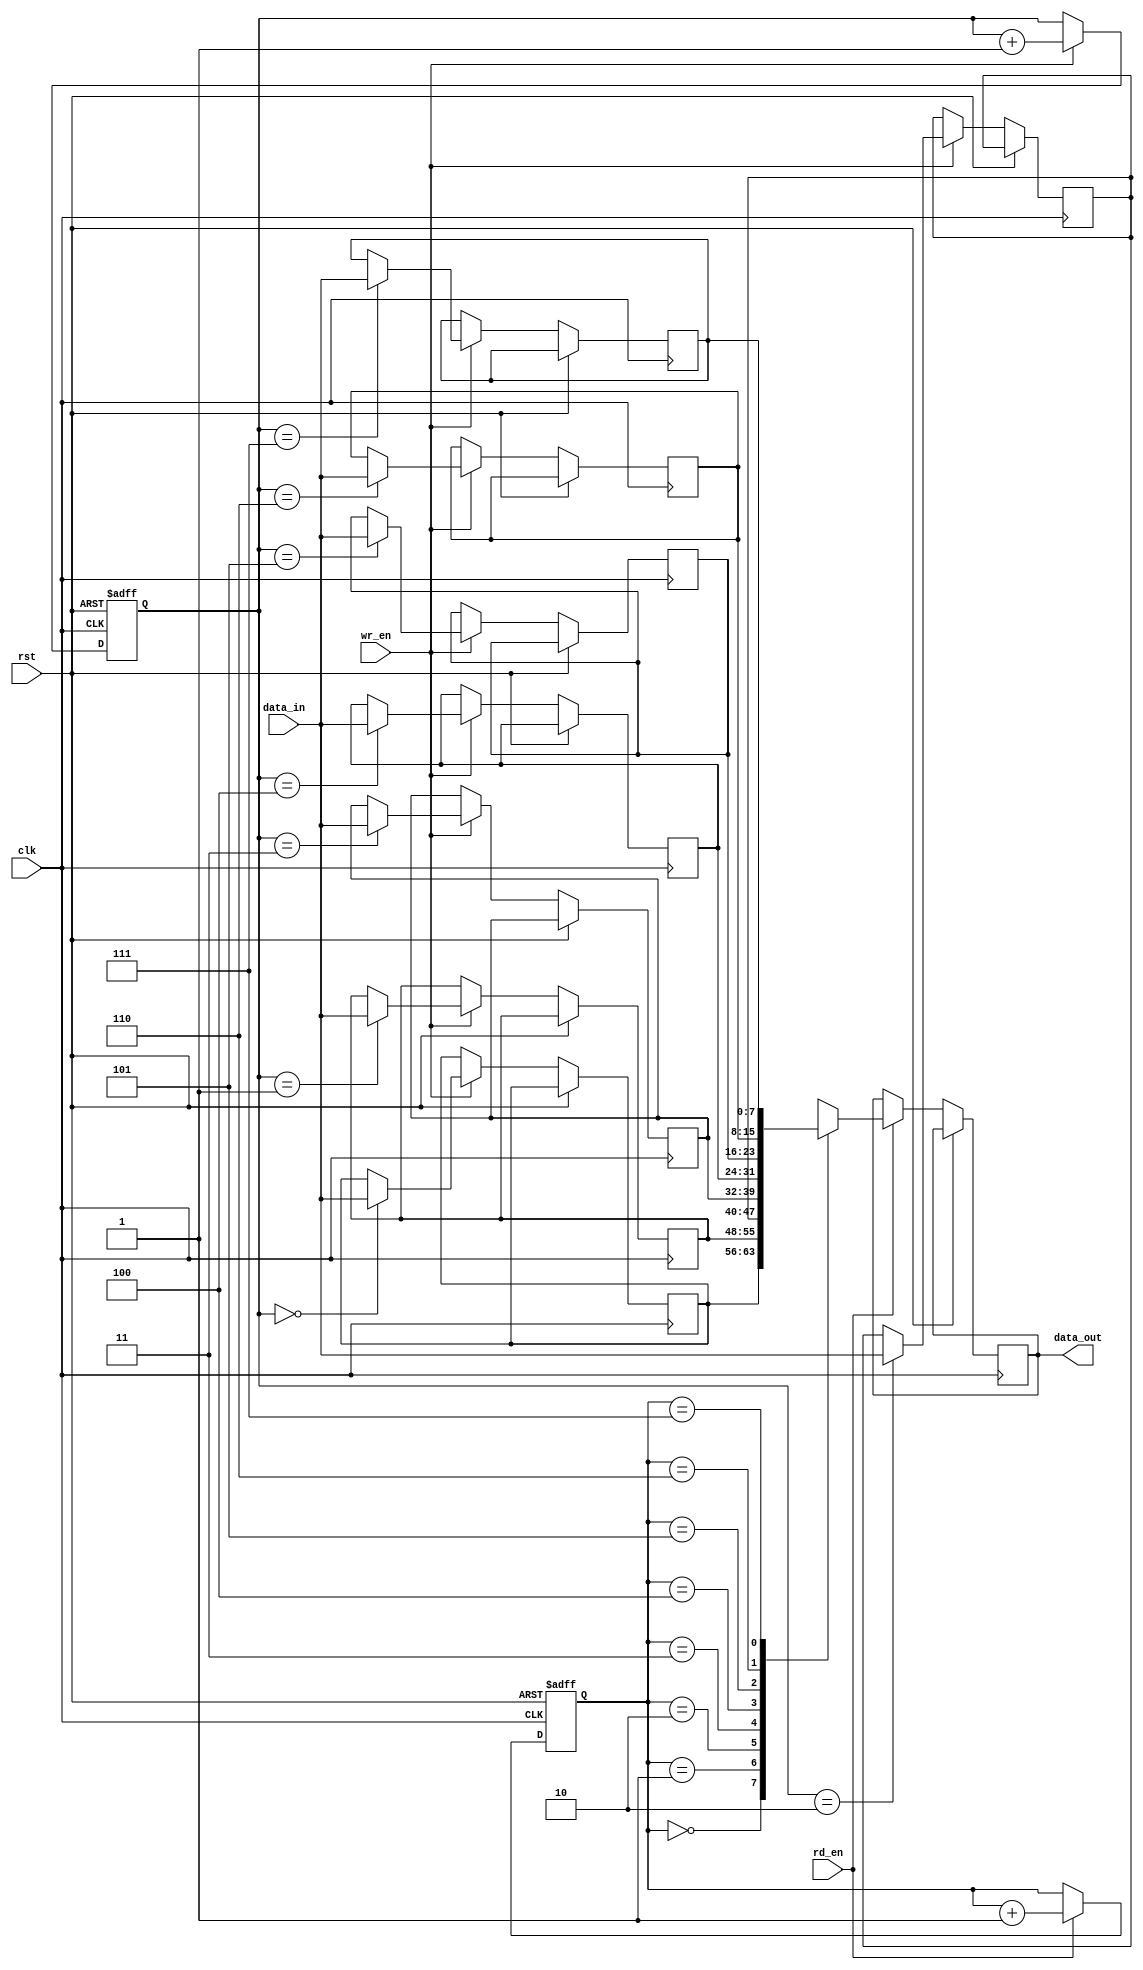
module gray_fifo (

input wire clk,   // Clock signal
input wire rst,   // Reset signal
input wire wr_en, // Write enable signal
input wire rd_en, // Read enable signal
input wire [7:0] data_in, // Input data signal
output reg [7:0] data_out // Output data signal

);

reg [7:0] buffer [0:7]; // FIFO buffer
reg [2:0] wr_ptr; // Write pointer
reg [2:0] rd_ptr; // Read pointer

always @ (posedge clk or posedge rst) begin
 if (rst) begin
 wr_ptr <= 3'b000; // Initialize write pointer
 rd_ptr <= 3'b000; // Initialize read pointer
 end else begin
 if (wr_en) begin
 wr_ptr <= wr_ptr + 1; // Increment write pointer
 if (wr_ptr == rd_ptr) begin
 // Handle overflow condition
 // Optional implementation: wrap around or block writing
 end
 buffer[wr_ptr] <= data_in; // Write data to buffer
 end
 if (rd_en) begin
 rd_ptr <= rd_ptr + 1; // Increment read pointer
 if (rd_ptr == wr_ptr) begin
 // Handle underflow condition
 // Optional implementation: block reading or loopback data
 end
 data_out <= buffer[rd_ptr]; // Read data from buffer
 end
 end
 end

endmodule